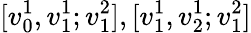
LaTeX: [v_{0}^{1},v_{1}^{1};v_{1}^{2}],[v_{1}^{1},v_{2}^{1};v_{1}^{2}]